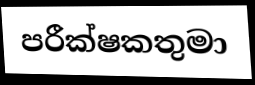
පරීක්ෂකතුමා